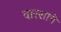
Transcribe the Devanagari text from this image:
वारशाचे